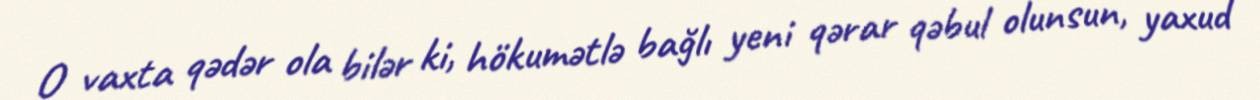
O vaxta qədər ola bilər ki, hökumətlə bağlı yeni qərar qəbul olunsun, yaxud